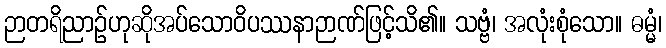
ဉာတရိညာဉ်ဟုဆိုအပ်သောဝိပဿနာဉာဏ်ဖြင့်သိ၏။ သဗ္ဗံ၊ အလုံးစုံသော။ ဓမ္မံ၊